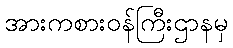
အားကစားဝန်ကြီးဌာနမှ